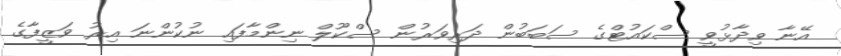
އޭނާ ވިދާޅުވީ ސްކައުޓްގެ ސަބަބުން ދަރިވަރުން ސްކޫލް ނިންމާފައި ނުކުންނަ އިރު ވަޒީފާގެ